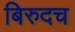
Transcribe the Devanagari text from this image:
बिरुदच